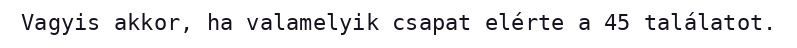
Vagyis akkor, ha valamelyik csapat elérte a 45 találatot.